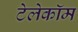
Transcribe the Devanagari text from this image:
टेलेकॉम